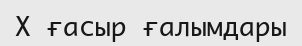
X ғасыр ғалымдары